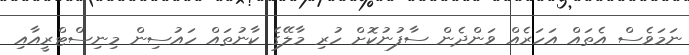
ނަމަވެސް އެތައް އަހަރެއް ވަންދެން ސާފުނުކޮށް ހުރި މާލޭގެ ކާނުތައް ހައުސިން މިނިސްޓްރީއާއި